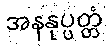
အနနုပ္ပတ္တံ